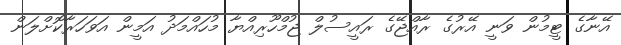
އޭނާގެ ޓީމުން ވަނީ އޭރުގެ ރާއްޖޭގެ ރައީސުލް ޖުމްހޫރިއްޔާ މުހައްމަދު އަމީން އަވަހަރާކޮށްލަން